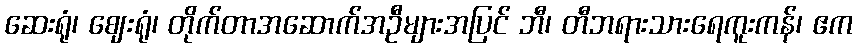
ဆေးရုံ၊ ဈေးရုံ၊ တိုက်တာအဆောက်အဦများအပြင် ဘီ၊ တီဘရားသားရေကူးကန်၊ ဧက